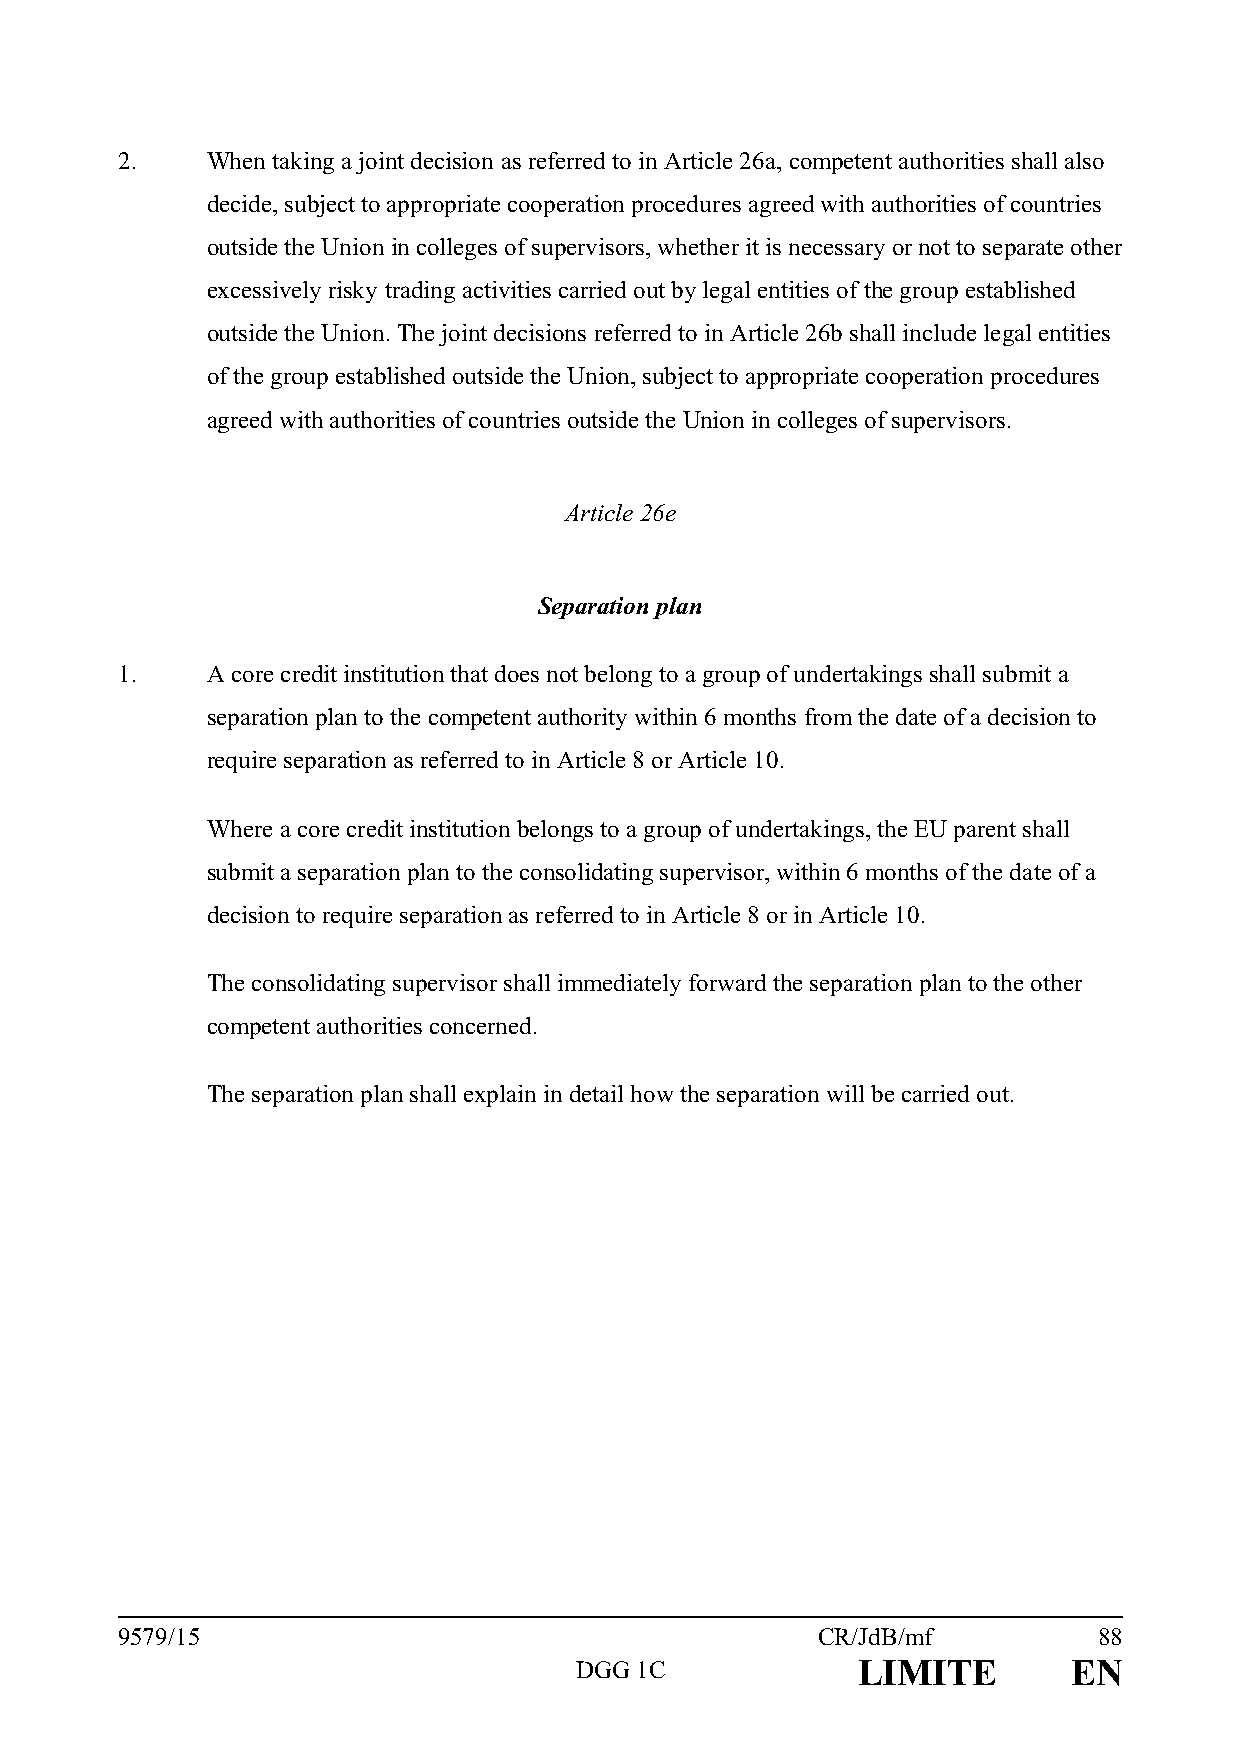
2.    When taking a joint decision as referred to in Article 26a, competent authorities shall also
 decide, subject to appropriate cooperation procedures agreed with authorities of countries
 outside the Union in colleges of supervisors, whether it is necessary or not to separate other
 excessively risky trading activities carried out by legal entities of the group established
 outside the Union. The joint decisions referred to in Article 26b shall include legal entities
 of the group established outside the Union, subject to appropriate cooperation procedures
 agreed with authorities of countries outside the Union in colleges of supervisors.
 Article 26e
 Separation plan
 1.    A core credit institution that does not belong to a group of undertakings shall submit a
 separation plan to the competent authority within 6 months from the date of a decision to
 require separation as referred to in Article 8 or Article 10.
 Where a core credit institution belongs to a group of undertakings, the EU parent shall
 submit a separation plan to the consolidating supervisor, within 6 months of the date of a
 decision to require separation as referred to in Article 8 or in Article 10.
 The consolidating supervisor shall immediately forward the separation plan to the other
 competent authorities concerned.
 The separation plan shall explain in detail how the separation will be carried out.
 9579/15                                       CR/JdB/mf          88
 DGG 1C             LIMITE        EN